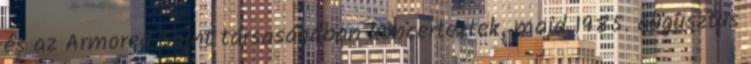
és az Armored Saint társaságában koncerteztek, majd 1985. augusztus